Vaccination in Burma 1920-1933 - 1920-1933
Year: 1920
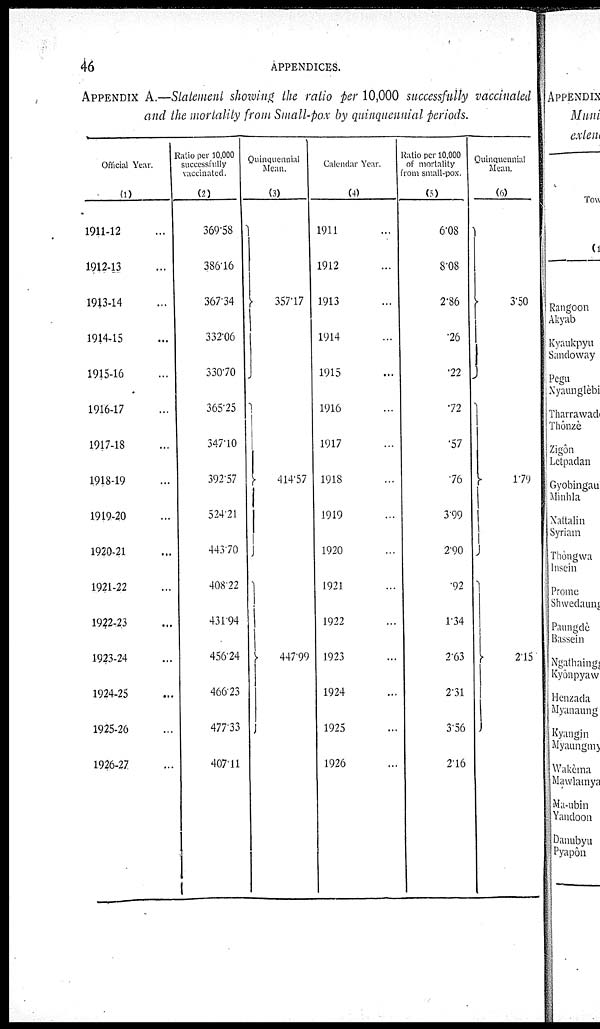
46
APPENDICES.
APPENDIX A.—Statement showing the ratio per 10,000 successfully vaccinated
and the mortality from Small-pox by quinquennial periods.
Official Year.
(1)
1911-12 ...
1912-13 ...
1913-14 ...
1914-15 ...
1915-16 ...
1916-17 ...
1917-18 ...
1918-19 ...
1919-20 ...
1920-21 ...
1921-22 ...
1922-23 ...
1923-24 ...
1924-25 ...
1925-26 ...
1926-27 ...
Ratio per 10,000
successfully
vaccinated.
(2)
369.58
386.16
367.34
332.06
330.70
365.25
347.10
392.57
524.21
443.70
408.22
431.94
456.24
466.23
477.33
407.11
Quinquennial
Mean.
(3)
357.17
414.57
447.99
Calendar Year.
(4)
1911 ...
1912 ...
1913 ...
1914 ...
1915 ...
1916 ...
1917 ...
1918 ...
1919 ...
1920 ...
1921 ...
1922 ...
1923 ...
1924 ...
1925 ...
1926 ...
Ratio per 10,000
of mortality
from small-pox.
(5)
6.08
8.08
2.86
.26
.22
.72
.57
.76
3.99
2.90
.92
1.34
2.63
2.31
3.56
2.16
Quinquennial
Mean.
(6)
3.50
1.79
2.15